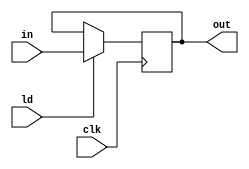
`timescale 1ns/1ns;

module REG12(input[11:0] in, input ld, clk, output reg[11:0] out);
	always@(posedge clk)
		if (ld)
			out <= in;
endmodule